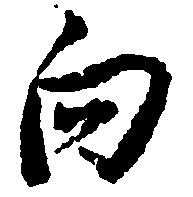
向